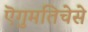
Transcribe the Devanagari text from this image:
ऎगुमतिचेसे